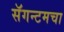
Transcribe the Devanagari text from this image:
सॅगन्टमचा